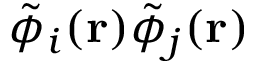
\tilde { \phi } _ { i } ( \mathbf { r } ) \tilde { \phi } _ { j } ( \mathbf { r } )